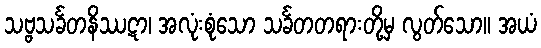
သဗ္ဗသင်္ခတနိဿဋာ၊ အလုံးစုံသော သင်္ခတတရားတို့မှ လွတ်သော။ အယံ